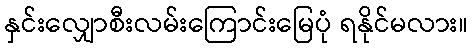
နှင်းလျှောစီးလမ်းကြောင်းမြေပုံ ရနိုင်မလား။